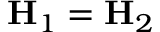
\mathbf { H } _ { 1 } = \mathbf { H } _ { 2 }